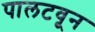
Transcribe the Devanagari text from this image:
पालटवून